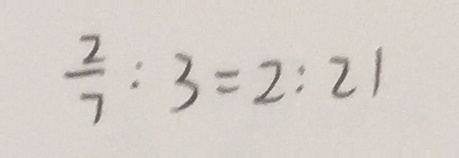
\frac { 2 } { 7 } : 3 = 2 : 2 1